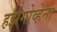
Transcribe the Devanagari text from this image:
हर्झगोव्हेना